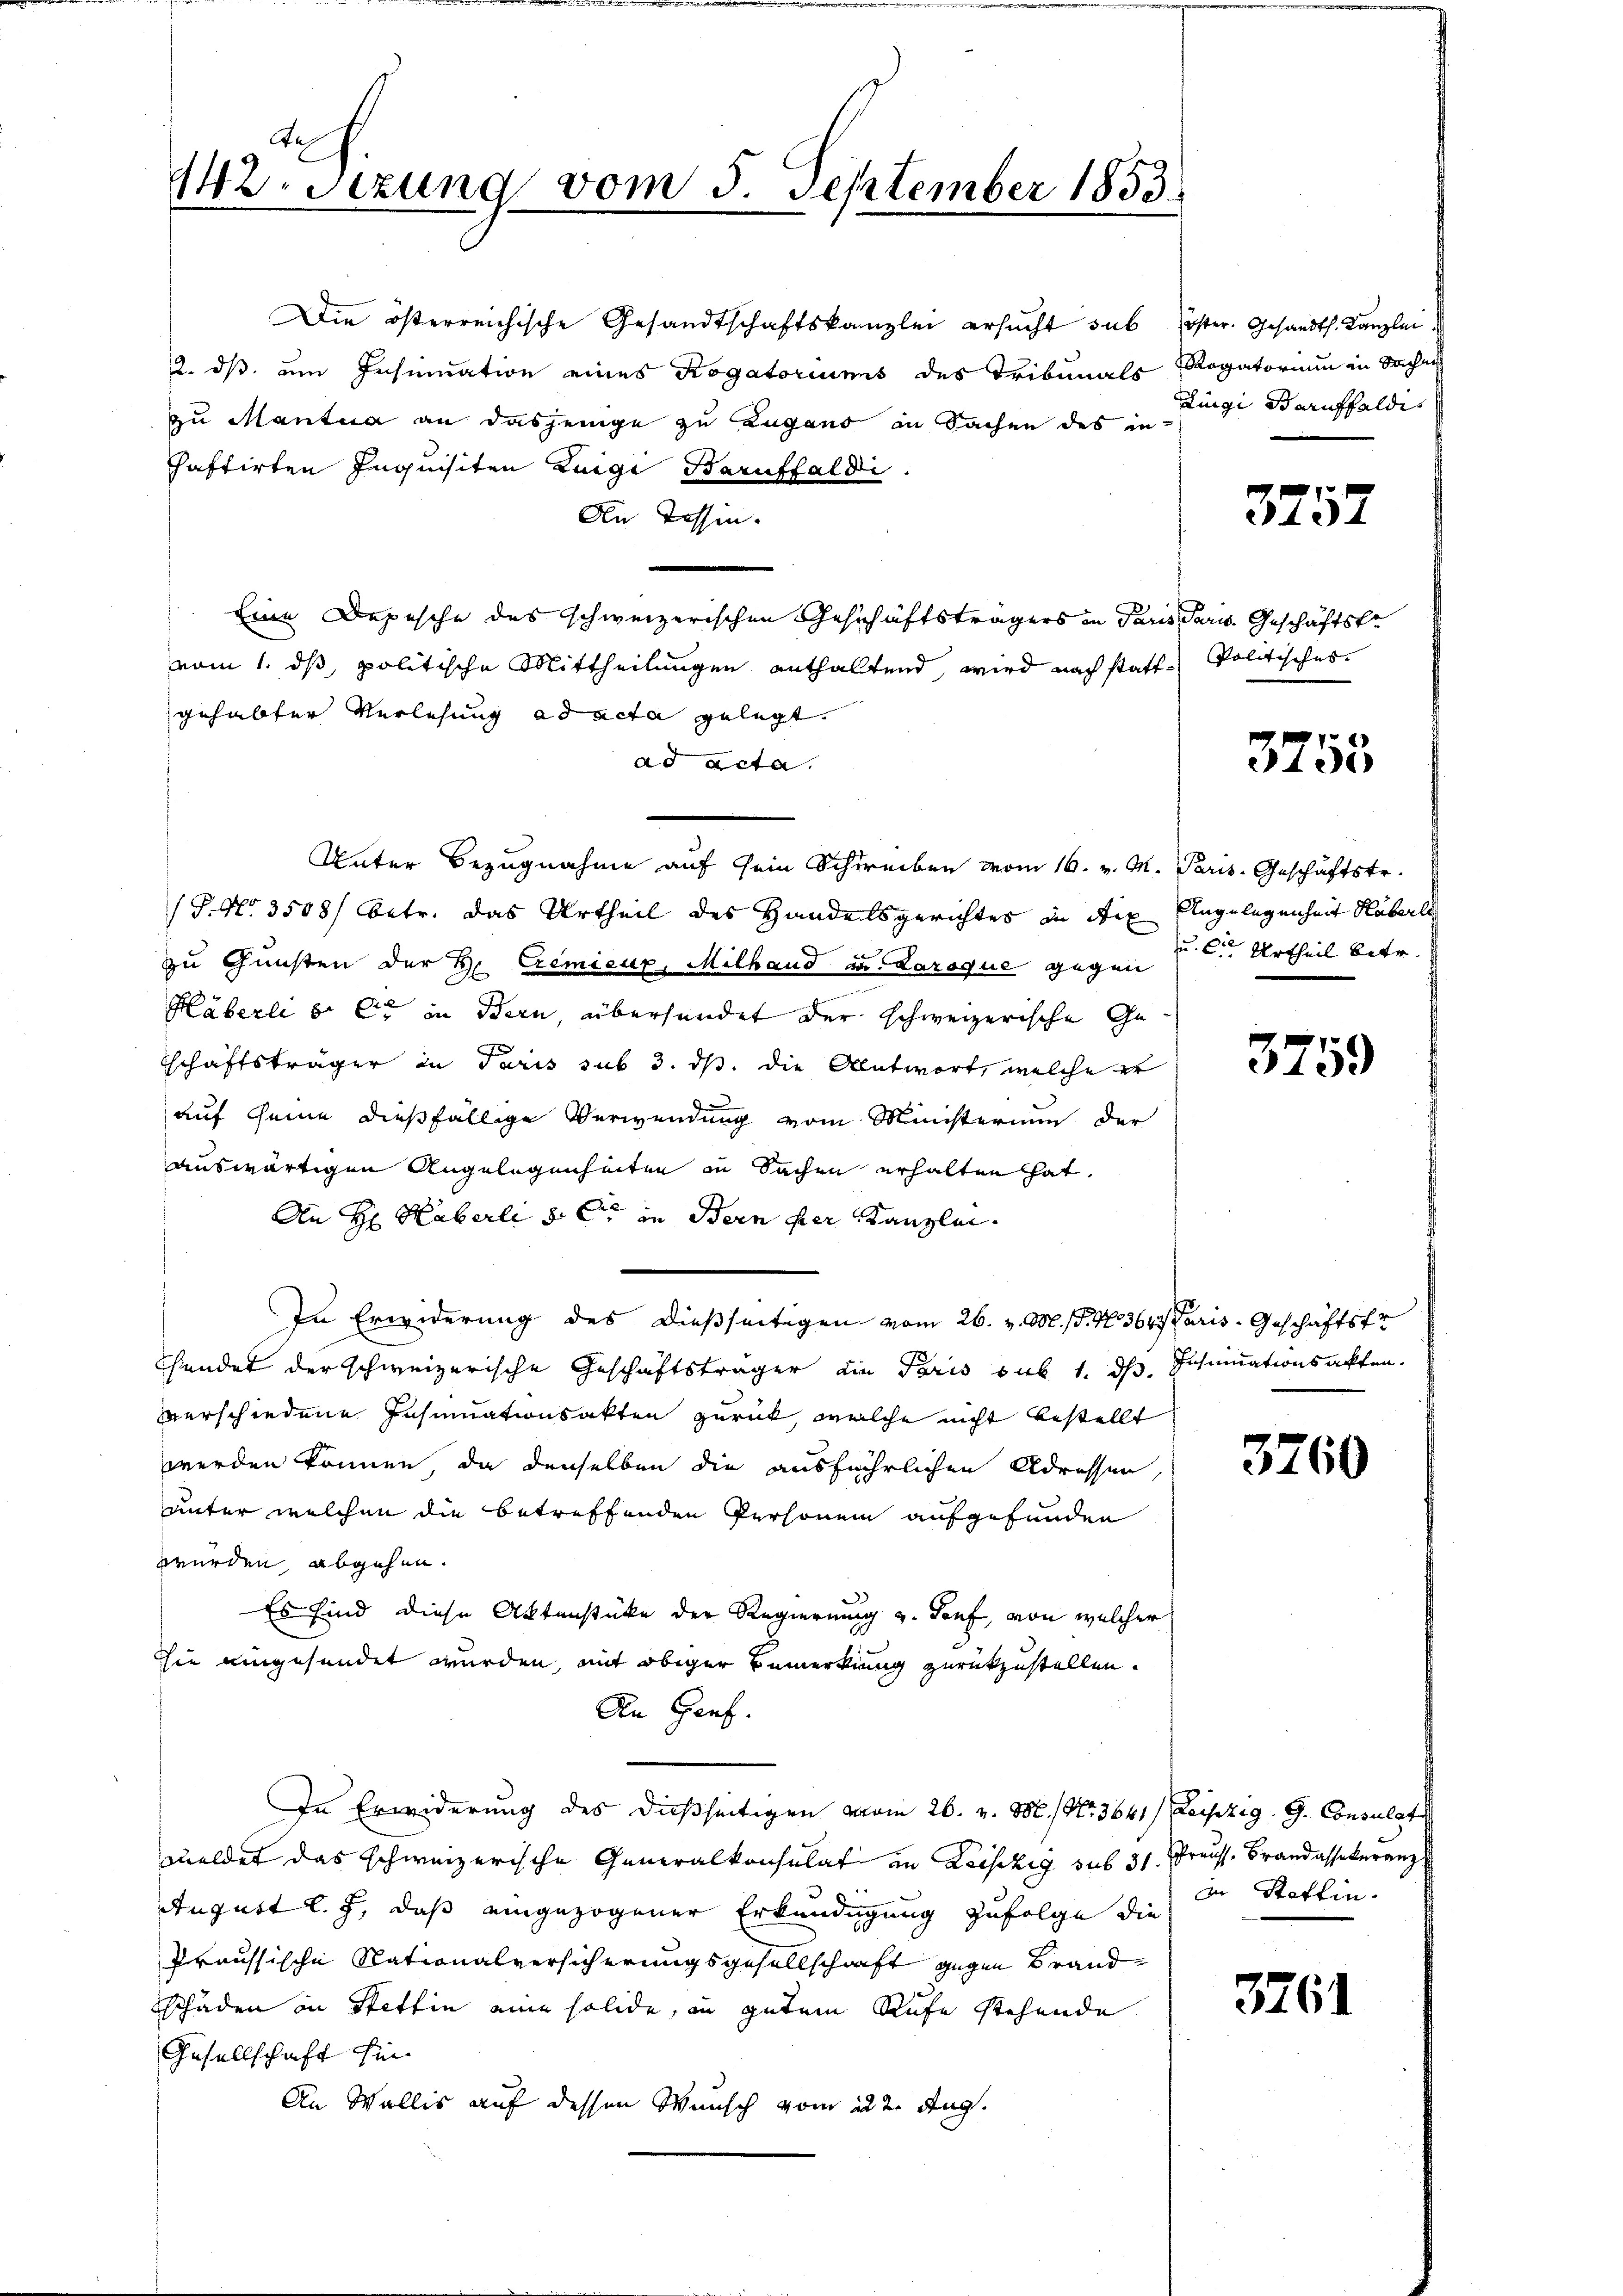
2.Stzung vom 5. September 1853

Die österreichische Gesandtschaftskanzlei ersucht sub öster. Gesandts. Kanzlei
2. ds. um Insinuation eines Rogatoriums des Tribunals Rogatorium in Sachen
zu Mantua an dasjenige zu Lugano in Sachen des in
chaftirten Inquisiten Luigi Baruffaldi
An Tessin.
Eine Depesche des schweizerischen Geschäftsträgers in Paris Parw. Geschäftste
vom 1. ds, politische Mittheilungen enthaltend, wird nach statt-Politisches.
gehabter Verlesung ad acta gelegt.
ad acta.
Unter Bezugnahme auf sein Schreiben vom 16. v. M. Paris. Geschäftstr.
(S.No. 3588) betr. das Urtheil des Handelsgerichtes in die Angelegenheit überle
zu Gunsten der H. Cremieux, Milhand u. Laroque gegen Urtheil betr.
Häberli d. Er in Bern, übersendet der schweizerische Geschaftsträger in Paris sub 3. ds. die Antwort, welche er
auf seine dießfällige Verwendung vom Ministerium der
auswärtigen Angelegenheiten in Sachen erhalten hat.
An H. Haberli der in Bern der Kanzlei
In Erwiderung des dießseitigen vom 26. v. M. (T. N. 364. Paris - Geschäftstr
Chendet der schweizerische Geschäftsträger die Paris sub 1. ds Insinuationsakten.
verschiedene Insinuationsakten zurück, welche nicht bestellt
werden können, da denselben die ausführlichen Adresser,
unter welchen die betreffenden Personen aufgefunden
würden, abgehen.
Es sind diese Aktenstüke der Regierung u. darf, von welcher
sie eingesendet wurden, mit obiger Bemerkung zurückzustellen.
An Genf.
In Erwiderung des dießseitigen vom 26. v. M. No. 3641) Leipzig. G. Consulat
meldet das schweizerische Generalkonsulat in Leistig sub 31. Preuss. Brandassekuranz
August l. J., daß eingezogener Erkundigung zufolge die
Praussische Stationalversicherungsgesellschaft gegen Brandschaden in Stettin eine solide, in gutem Rufe stehende
Gesellschaft hin¬
An Wallis auf dessen Wunsch vom 22. Aug.

Ringi Baruffaldi

3757

3758

3759

3260

in Stattin.

3761